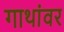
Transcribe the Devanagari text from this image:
गाथांवर